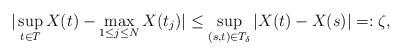
\begin{align*}| \sup_{t \in T} X(t) - \max_{1 \leq j \leq N} X(t_{j}) | \leq \sup_{(s,t) \in T_{\delta}} | X(t) - X(s) | =: \zeta,\end{align*}